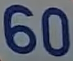
60